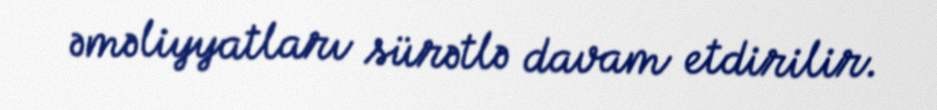
əməliyyatları sürətlə davam etdirilir.